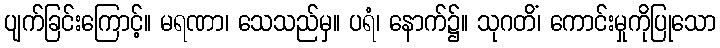
ပျက်ခြင်းကြောင့်။ မရဏာ၊ သေသည်မှ။ ပရံ၊ နောက်၌။ သုဂတိံ၊ ကောင်းမှုကိုပြုသော